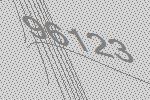
96123